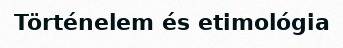
Történelem és etimológia